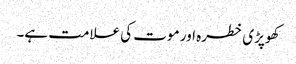
کھوپڑی خطرہ اور موت کی علامت ہے۔